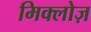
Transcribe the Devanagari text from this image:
मिक्लोज़